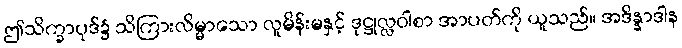
ဤသိက္ခာပုဒ်၌ သိကြားလိမ္မာသော လူမိန်းမနှင့် ဒုဋ္ဌုလ္လဝါစာ အာပတ်ကို ယူသည်။ အဒိန္နာဒါန